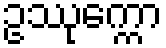
ဥဿုက္ကော